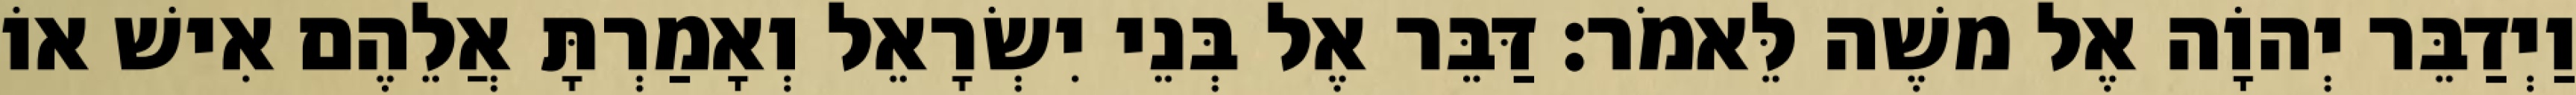
וַיְדַבֵּר יְהוָֹה אֶל משֶׁה לֵּאמֹר׃ דַּבֵּר אֶל בְּנֵי יִשְׂרָאֵל וְאָמַרְתָּ אֲלֵהֶם אִישׁ אוֹ